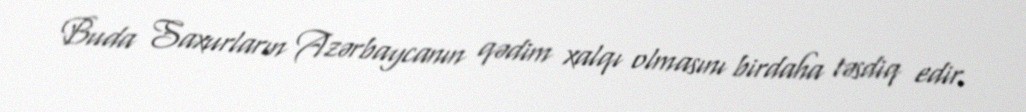
Buda Saxurların Azərbaycanın qədim xalqı olmasını birdaha təsdiq edir.